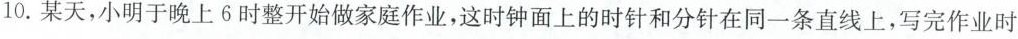
10.某天，小明于晚上6时整开始做家庭作业，这时钟面上的时针和分针在同一条直线上，写完作业时